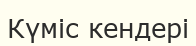
Күміс кендері